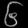
Digit: ၆